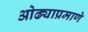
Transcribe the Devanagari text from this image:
ओढ्याप्रमाणे